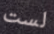
لست